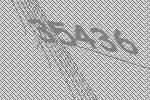
35436